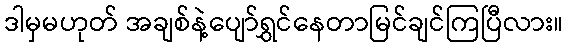
ဒါမှမဟုတ် အချစ်နဲ့ပျော်ရွှင်နေတာမြင်ချင်ကြပြီလား။